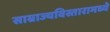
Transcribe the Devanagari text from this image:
साम्राज्यविस्तारामध्ये